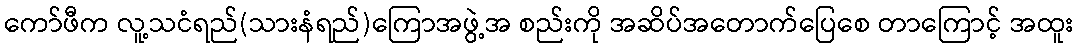
ကော်ဖီက လူ့သငံရည်(သားနံရည်)ကြောအဖွဲ့အ စည်းကို အဆိပ်အတောက်ပြေစေ တာကြောင့် အထူး